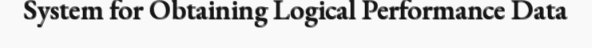
System for Obtaining Logical Performance Data